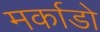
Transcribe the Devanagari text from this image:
मर्काडो